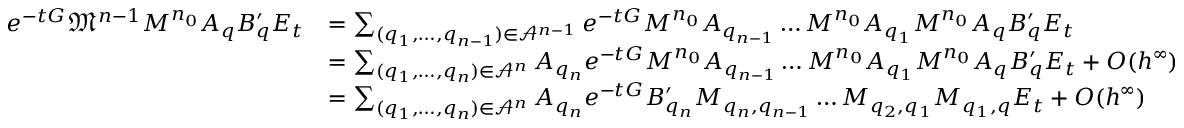
\begin{array} { r l } { e ^ { - t G } \mathfrak { M } ^ { n - 1 } M ^ { n _ { 0 } } A _ { q } B _ { q } ^ { \prime } E _ { t } } & { = \sum _ { ( q _ { 1 } , \dots , q _ { n - 1 } ) \in \mathcal { A } ^ { n - 1 } } e ^ { - t G } M ^ { n _ { 0 } } A _ { q _ { n - 1 } } \dots M ^ { n _ { 0 } } A _ { q _ { 1 } } M ^ { n _ { 0 } } A _ { q } B _ { q } ^ { \prime } E _ { t } } \\ & { = \sum _ { ( q _ { 1 } , \dots , q _ { n } ) \in \mathcal { A } ^ { n } } A _ { q _ { n } } e ^ { - t G } M ^ { n _ { 0 } } A _ { q _ { n - 1 } } \dots M ^ { n _ { 0 } } A _ { q _ { 1 } } M ^ { n _ { 0 } } A _ { q } B _ { q } ^ { \prime } E _ { t } + O ( h ^ { \infty } ) } \\ & { = \sum _ { ( q _ { 1 } , \dots , q _ { n } ) \in \mathcal { A } ^ { n } } A _ { q _ { n } } e ^ { - t G } B _ { q _ { n } } ^ { \prime } M _ { q _ { n } , q _ { n - 1 } } \dots M _ { q _ { 2 } , q _ { 1 } } M _ { q _ { 1 } , q } E _ { t } + O ( h ^ { \infty } ) } \end{array}